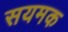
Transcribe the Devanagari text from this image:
सयमक